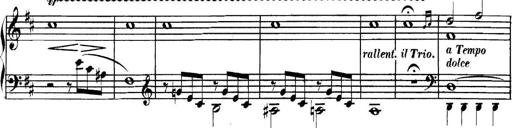
Title: Collected Piano Sonatas
Composer: Muzio Clementi